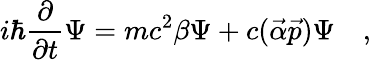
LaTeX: i\hbar\frac{\partial}{\partial t}\Psi=mc^{2}\beta\Psi+c(\vec{\alpha}\vec{p})\Psi\quad,